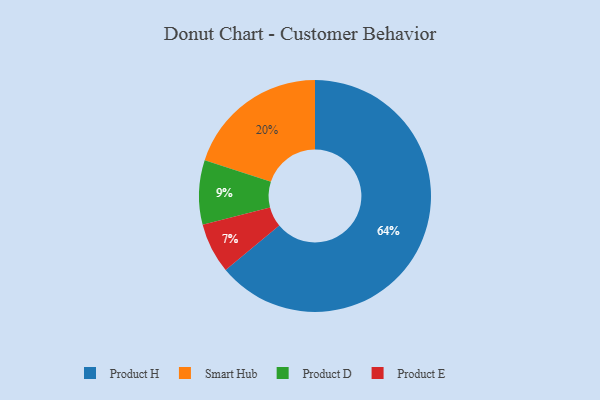
{"axis": {"x": "Category", "y": "Percentage"}, "legend": ["Product D", "Product E", "Product H", "Smart Hub"], "data": [{"x": "Product E", "y": 7, "type": "Product E"}, {"x": "Product H", "y": 64, "type": "Product H"}, {"x": "Smart Hub", "y": 20, "type": "Smart Hub"}, {"x": "Product D", "y": 9, "type": "Product D"}]}